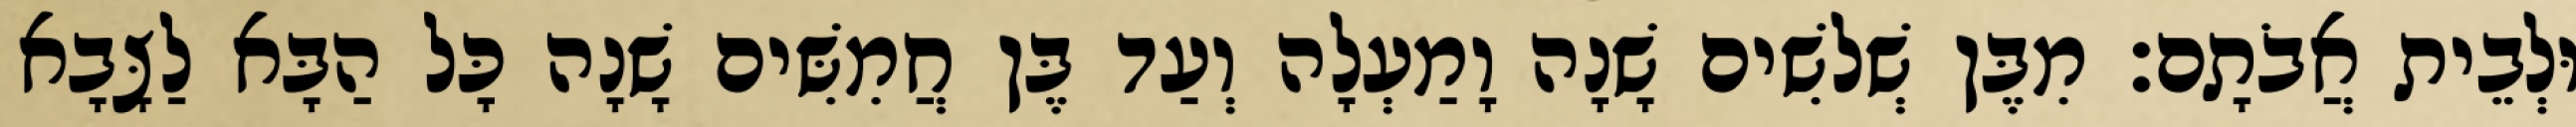
וּלְבֵית אֲבֹתָם׃ מִבֶּן שְׁלשִׁים שָׁנָה וָמַעְלָה וְעַד בֶּן חֲמִשִּׁים שָׁנָה כָּל הַבָּא לַצָּבָא